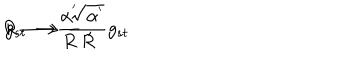
LaTeX: R \longrightarrow \frac { \alpha ^ { ' } } { R } \; , \hspace { 1 c m } g _ { s t } \longrightarrow \frac { \sqrt { \alpha ^ { ' } } } { R } g _ { s t }